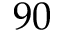
9 0